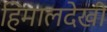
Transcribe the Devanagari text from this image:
हिमालदेखी